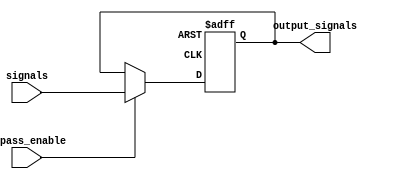
module Priority_Bypass_Register (
    input wire [3:0] signals,
    input wire bypass_enable,
    output reg [3:0] output_signals
);

always @ (posedge clk or posedge rst)
begin
    if (rst)
        output_signals <= 4'b0000;
    else if (bypass_enable)
        output_signals <= signals;
end

endmodule